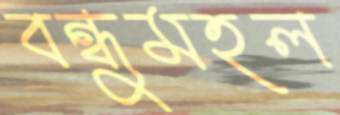
বন্ধুমহল